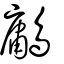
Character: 鷛